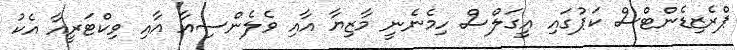
ޕްރެޒިޑެންޓްސް ކަޕުގައި އީގަލްސް ހިމެނެނީ މާޒިޔާ އާއި ވެލެންސިއާ އާއި ވިކްޓަރީއާ އެކު